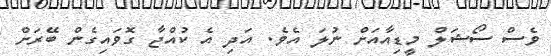
ވެސް ސޯޝަލް މީޑިއާއަށް ނުލަ އެވެ. އަދި އެ ކުއްޖާ ގޮވައިގެން ބޭރަށް